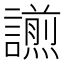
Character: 𧬫